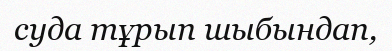
суда тұрып шыбындап,